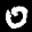
Label: 0